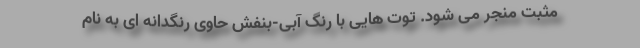
مثبت منجر می شود. توت هایی با رنگ آبی-بنفش حاوی رنگدانه ای به نام